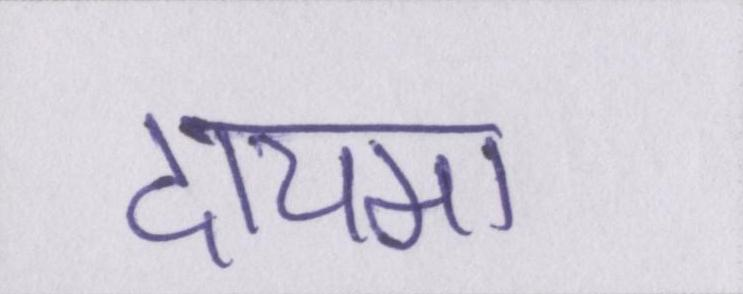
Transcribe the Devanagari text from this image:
दायमा